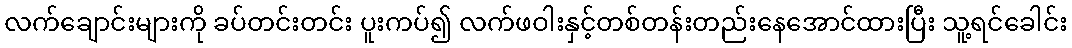
လက်ချောင်းများကို ခပ်တင်းတင်း ပူးကပ်၍ လက်ဖဝါးနှင့်တစ်တန်းတည်းနေအောင်ထားပြီး သူ့ရင်ခေါင်း